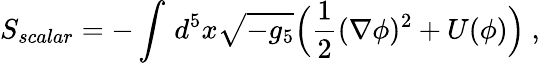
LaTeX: S_{scalar}=-\int\, d^{5}x\sqrt{-g_{5}}\Big(\frac{1}{2}(\nabla\phi)^{2}+U(\phi)\Big)\ ,